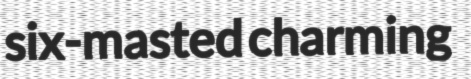
six-masted charming